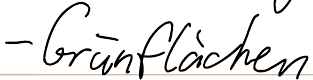
- Grünflächen